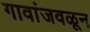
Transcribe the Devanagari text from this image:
गावांजवळून